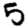
Digit: 5